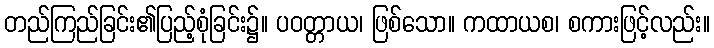
တည်ကြည်ခြင်း၏ပြည့်စုံခြင်း၌။ ပဝတ္တာယ၊ ဖြစ်သော။ ကထာယစ၊ စကားဖြင့်လည်း။